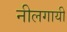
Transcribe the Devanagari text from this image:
नीलगायी